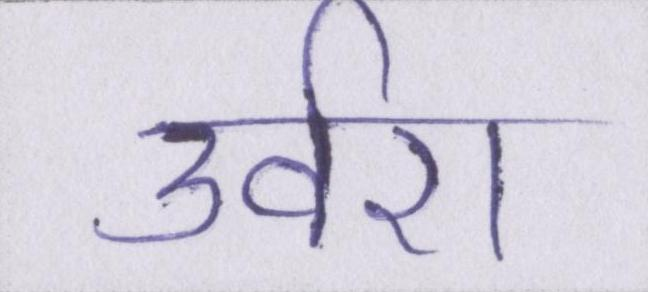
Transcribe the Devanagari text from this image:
उर्वरा